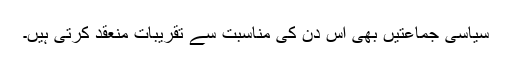
سیاسی جماعتیں بھی اس دن کی مناسبت سے تقریبات منعقد کرتی ہیں۔